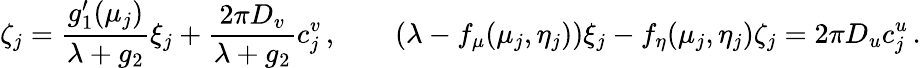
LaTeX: \zeta_{j}=\frac{g_{1}^{\prime}(\mu_{j})}{\lambda+g_{2}}\xi_{j}+\frac{2\pi D_{v}}{\lambda+g_{2}}c_{j}^{v}\, ,\qquad\left(\lambda-f_{\mu}(\mu_{j},\eta_{j})\right)\xi_{j}-f_{\eta}(\mu_{j},\eta_{j})\zeta_{j}=2\pi D_{u}c_{j}^{u}\, .